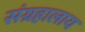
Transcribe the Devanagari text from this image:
संग्रहालाय